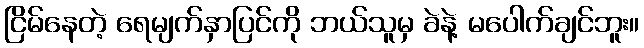
ငြိမ်နေတဲ့ ရေမျက်နှာပြင်ကို ဘယ်သူမှ ခဲနဲ့ မပေါက်ချင်ဘူး။